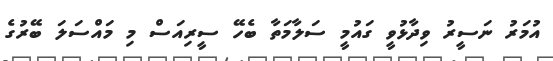
އުމަރު ނަސީރު ވިދާޅުވީ ގައުމީ ސަލާމަތާ ބެހޭ ސީރިއަސް މި މައްސަލަ ބޭރުގެ